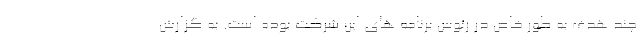
چند هدف به طور خاص در رئوس برنامه های این شرکت بوده است. به گزارش